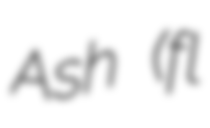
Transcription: Ash (fl